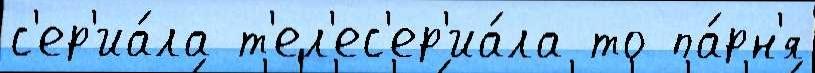
с'ер'иа́ла т'ел'ес'ер'иа́ла то па́рн'я